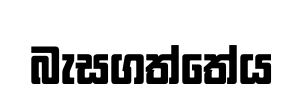
බැසගත්තේය